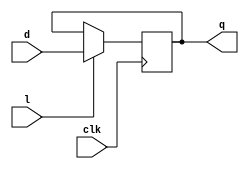
// registrador de 16-bits

module registrador_16b(clk, l, d, q);
    // entradas
    input clk;
    input l;
    input [15:0] d;
    // saidas
    output reg [15:0] q;

    initial begin
        q = 16'b0000000000000000;
    end

    always @(posedge clk) begin 
        if (l == 1) begin
            q = d;
        end
    end
endmodule

/*

module testbench;

    reg clk0 = 0;
    reg [15:0] d0 = 0;
    wire [15:0] q0;

    registrador_16b reg_16(clk0, d0, q0);

    always #1 begin
        clk0 <= ~clk0;
    end

    initial begin 
        $dumpvars;
        #2
        d0 = 16'b0000000000000100;
        #2
        d0 = 16'b0000000000000010;
        #4
        d0 = 16'b0000000000001000;
        #5;
        $finish;
    end

endmodule

*/